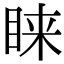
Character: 睐